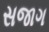
સજાગ